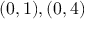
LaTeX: ( 0 , 1 ) , ( 0 , 4 )